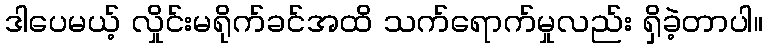
ဒါပေမယ့် လှိုင်းမရိုက်ခင်အထိ သက်ရောက်မှုလည်း ရှိခဲ့တာပါ။